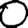
Digit: 0